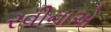
રવીનાએ